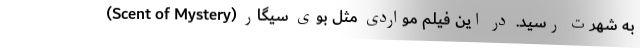
(Scent of Mystery) به شهرت رسید. در این فیلم مواردی مثل بوی سیگار